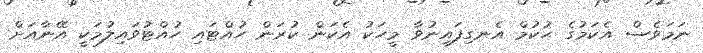
ނަމަވެސް އެކަމުގެ ޙުކުމް އެނގިފައިނުވާ މީހަކު އެކަން ކުރަން ހުއްޓައި ހުއްޓުވައިލުމަކީ އޭނާއަށް